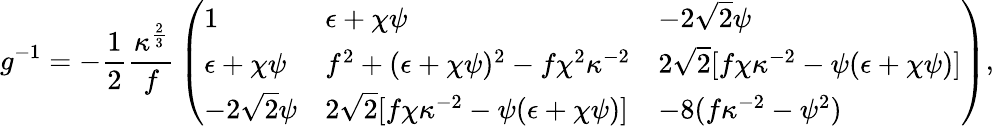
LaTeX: g^{-1}=-{\frac{1}{2}}{\frac{\kappa^{\frac{2}{3}}}{f}}\left(\begin{array}{lll}{{1}}&{{\epsilon+\chi\psi}}&{{-2\sqrt 2\psi}}\\ {{\epsilon+\chi\psi}}&{{f^{2}+(\epsilon+\chi\psi)^{2}-f\chi^{2}\kappa^{-2}}}&{{2\sqrt 2[f\chi\kappa^{-2}-\psi(\epsilon+\chi\psi)]}}\\ {{-2\sqrt 2\psi}}&{{2\sqrt 2[f\chi\kappa^{-2}-\psi(\epsilon+\chi\psi)]}}&{{-8(f\kappa^{-2}-\psi^{2})}}\end{array}\right),